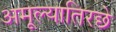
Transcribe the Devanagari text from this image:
अमूल्यातिरछे